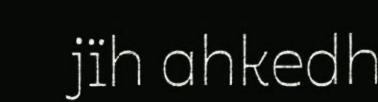
jïh ahkedh